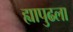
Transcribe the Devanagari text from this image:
ह्यापुढला